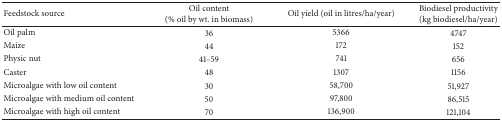
| Feedstock source | Oil content (% oil by wt. in biomass) | Oil yield (oil in litres/ha/year) | Biodiesel productivity(kg biodiesel/ha/year) |
 | --- | --- | --- | --- |
 | Oil palm | 36 | 5366 | 4747 |
 | Maize | 44 | 172 | 152 |
 | Physic nut | 41–59 | 741 | 656 |
 | Caster | 48 | 1307 | 1156 |
 | Microalgae with low oil content | 30 | 58,700 | 51,927 |
 | Microalgae with medium oil content | 50 | 97,800 | 86,515 |
 | Microalgae with high oil content | 70 | 136,900 | 121,104 |